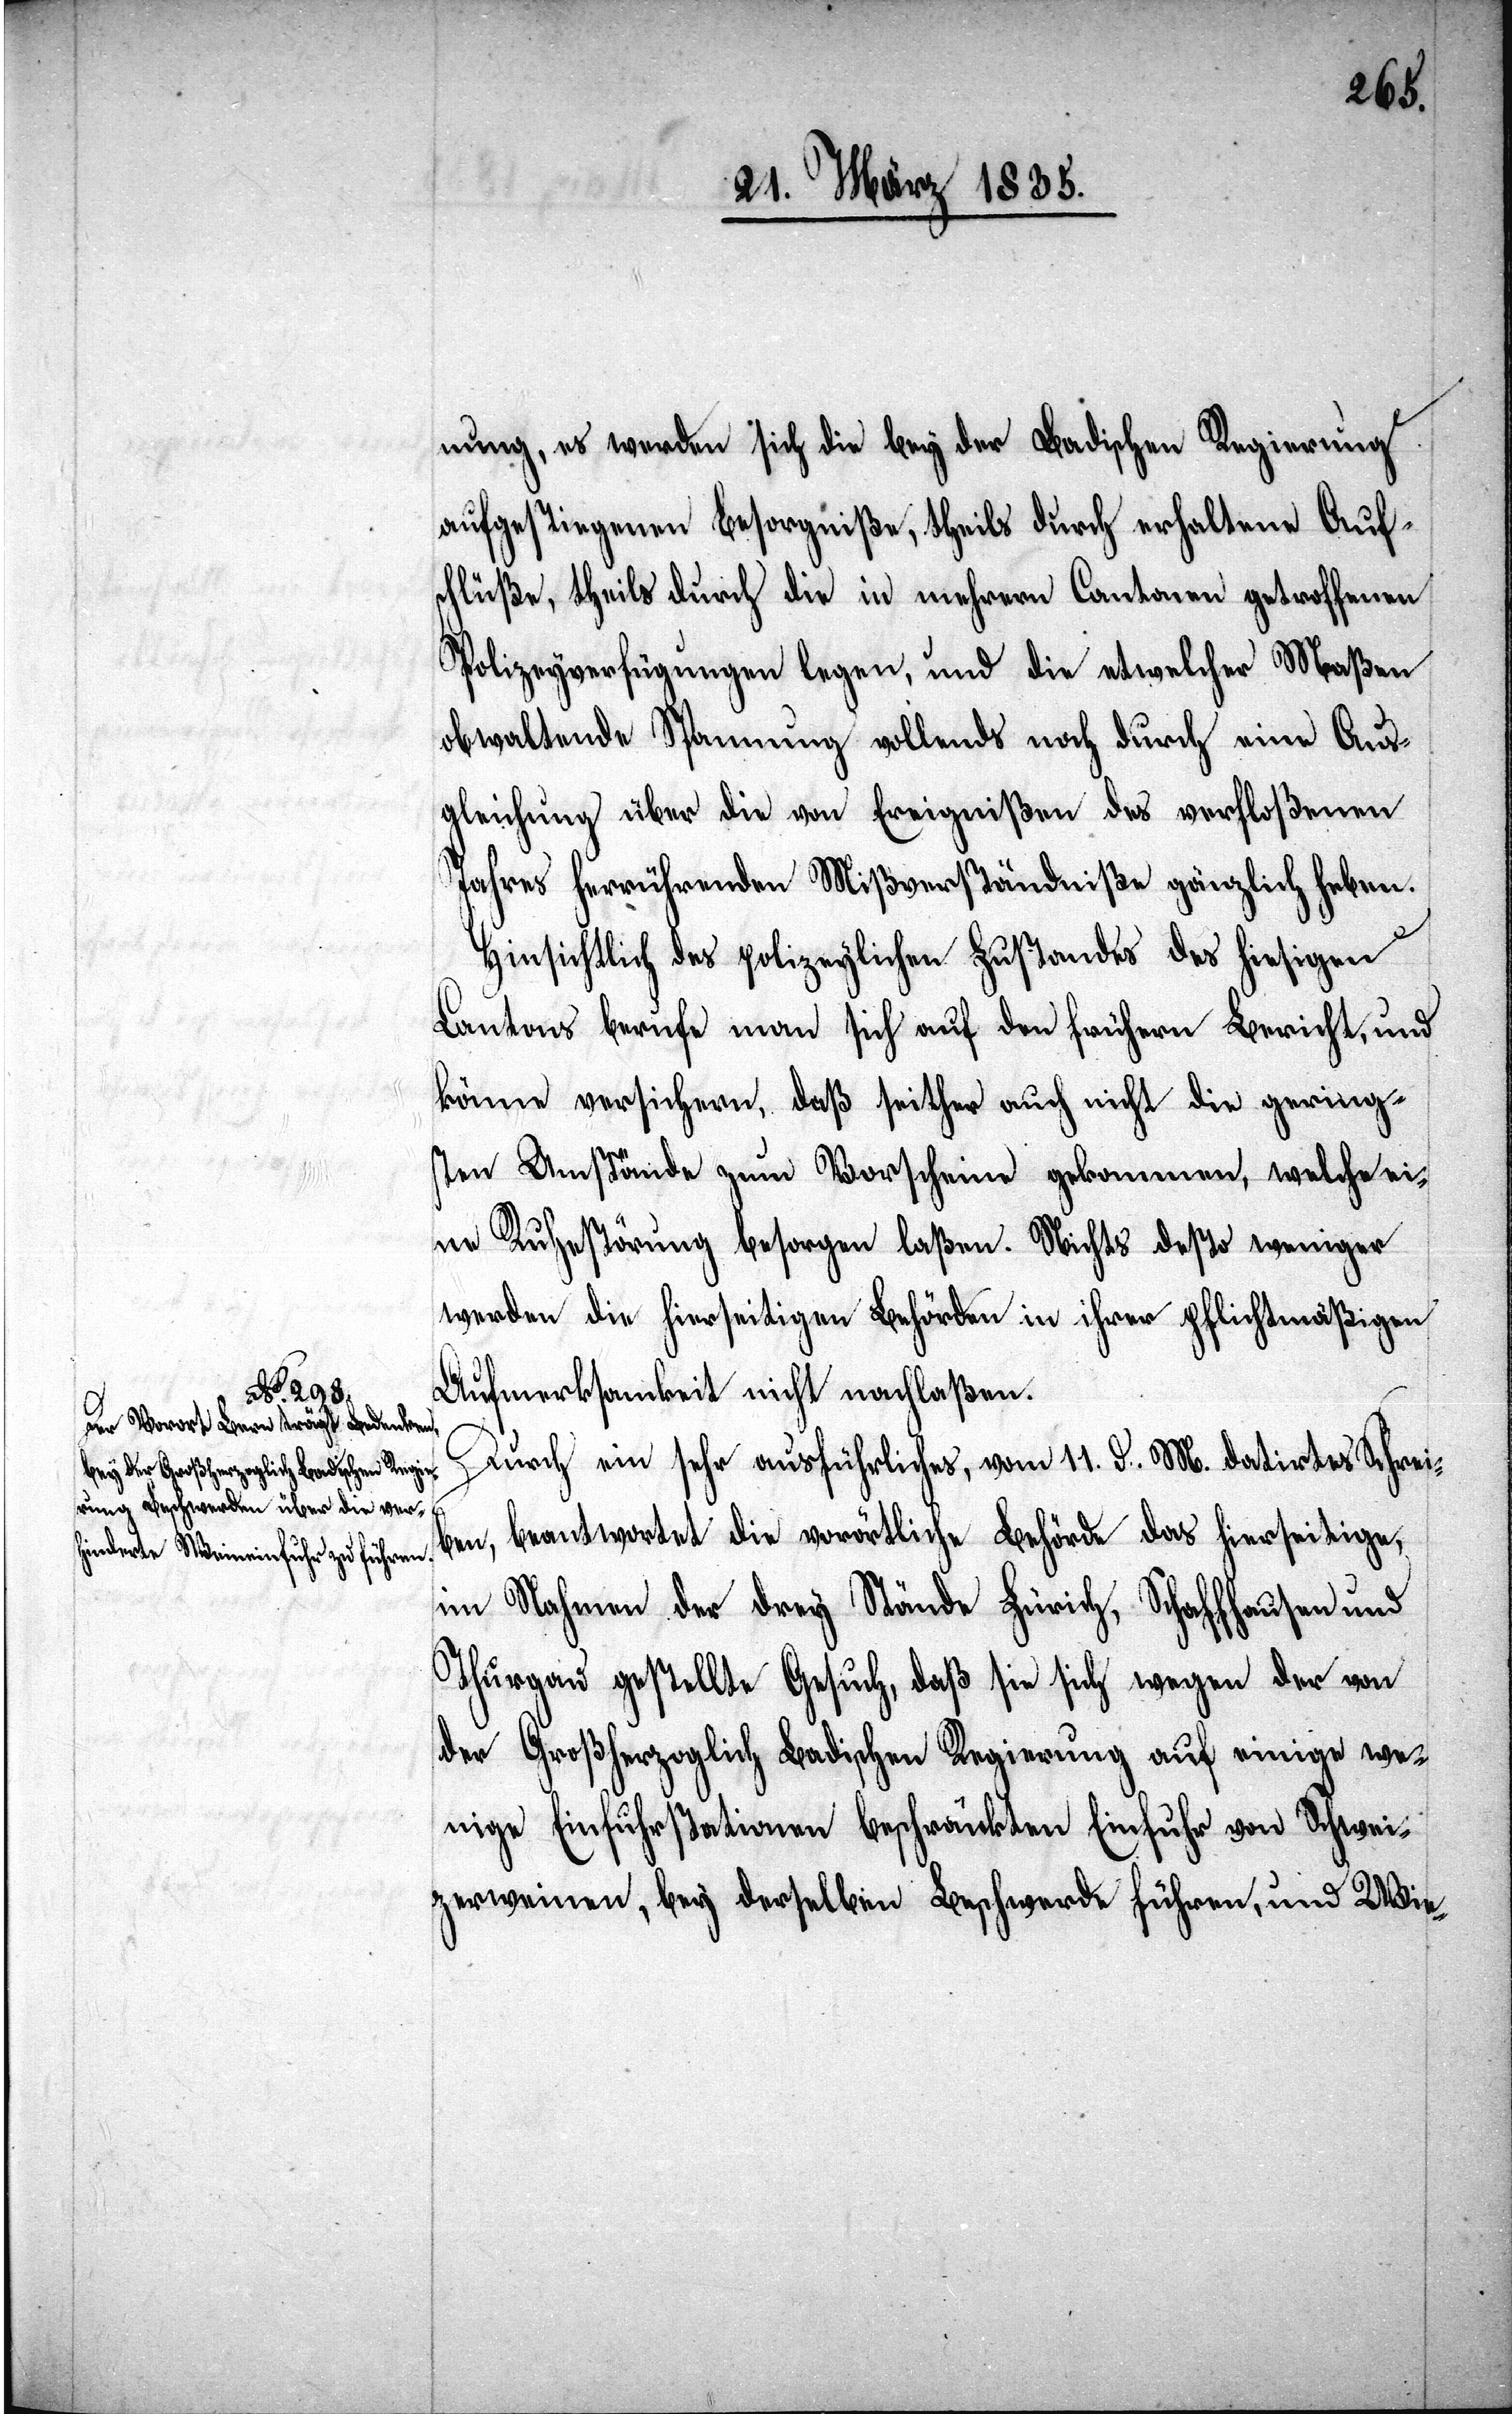
nung, es werden sich die bey der Badischen Regierung
aufgestiegenen Besorgniße, theils durch erhaltene Auf¬
schlüße, theils durch die in mehrern Cantonen getroffenen
Polizeyverfügungen legen, und die etwelcher Maßen
obwaltende Spannung vollends noch durch eine Aus¬
gleichung über die von Ereignißen des verfloßenen
Jahres herrührenden Mißverständniße gänzlich heben.
Hinsichtlich des polizeylichen Zustandes des hiesigen
Cantons berufe man sich auf den frühern Bericht, und
könne versichern, daß seither auch nicht die gering¬
sten Umstände zum Vorscheine gekommen, welche ei¬
ne Ruhestörung besorgen laßen. Nichts desto weniger
werden die hierseitigen Behörden in ihrer pflichtmäßigen
Aufmerksamkeit nicht nachlaßen.
Durch ein sehr ausführliches, vom 11. d. M. datirtes Schrei¬
ben, beantwortet die vorörtliche Behörde das hierseitige,
im Nahmen der drey Stände Zürich, Schaffhausen und
Thurgau gestellte Gesuch, daß sie sich wegen der von
der Großherzoglich Badischen Regierung auf einige we¬
nige Einfuhrstationen beschränkten Einfuhr von Schwei¬
zerweinen, bey derselben Beschwerde führen, und Wie-